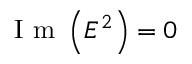
\mathrm { ~ I ~ m ~ } \left( E ^ { 2 } \right) = 0